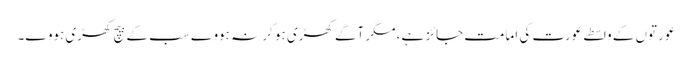
عورتوں کے واسطے عورت کی امامت جائز ہے، مگر آگے کھڑی ہو کر نہ ہووے سب کے بیچ کھڑی ہووے۔